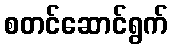
စတင်ဆောင်ရွက်